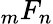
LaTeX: {}_{m}F_{n}